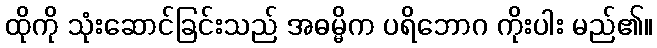
ထိုကို သုံးဆောင်ခြင်းသည် အဓမ္မိက ပရိဘောဂ ကိုးပါး မည်၏။